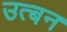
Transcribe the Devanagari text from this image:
उत्बन